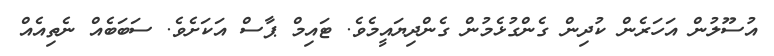
އުސޫލުން އަހަރެން ކުދިން ގެންގުޅެމުން ގެންދިޔައީމެވެ. ޓައިމް ޕާސް އަކަށެވެ. ސަބަބެއް ނެތިއެއް